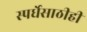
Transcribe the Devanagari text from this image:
स्पर्धेसाठीही